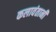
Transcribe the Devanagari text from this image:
कलावंतानी